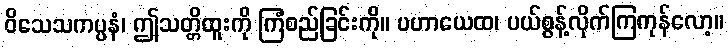
ဝိသေသကပ္ပနံ၊ ဤသတ္တိထူးကို ကြံစည်ခြင်းကို။ ပဟာယေထ၊ ပယ်စွန့်လိုက်ကြကုန်လော့။